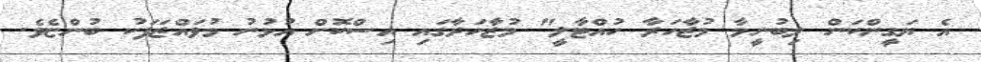
އެ ޔަގީންކަން ލިބުނީމާ މުޒާހަރާ ހުއްޓާލީ" މުޒާހަރާގައި އިސްކޮށް އުޅުނު މުވައްޒަފަކު ބުންޏެވެ.